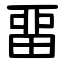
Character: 畱